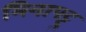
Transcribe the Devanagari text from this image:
मिनापट्टु